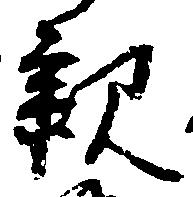
親